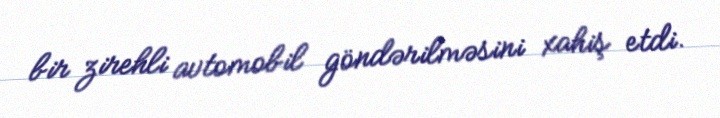
bir zirehli avtomobil göndərilməsini xahiş etdi.